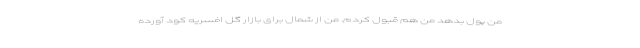
من پول بدهد من هم قبول کردم. من از شمال برای بازار گل افسریه کود آورده